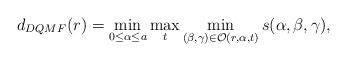
LaTeX: \begin{align*}d_{DQMF}(r) = \min_{0\leq \alpha\leq a}\max_t\min_{(\beta,\gamma)\in\mathcal{O}(r,\alpha,t)} s(\alpha,\beta,\gamma),\end{align*}